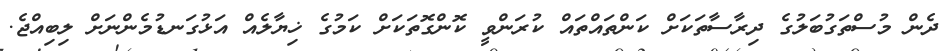
ދެން މުސްތަގުބަލުގެ ދިރާސާތަކަށް ކަންތައްތައް ކުރަންވީ ކޮންގޮތަކަށް ކަމުގެ ޚިޔާލެއް އަޅުގަނޑުމެންނަށް ލިބިއްޖެ.